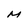
Character: M